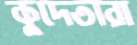
কুদেতারা